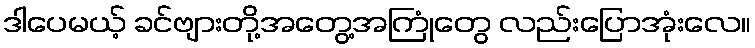
ဒါပေမယ့် ခင်ဗျားတို့အတွေ့အကြုံတွေ လည်းပြောအုံးလေ။